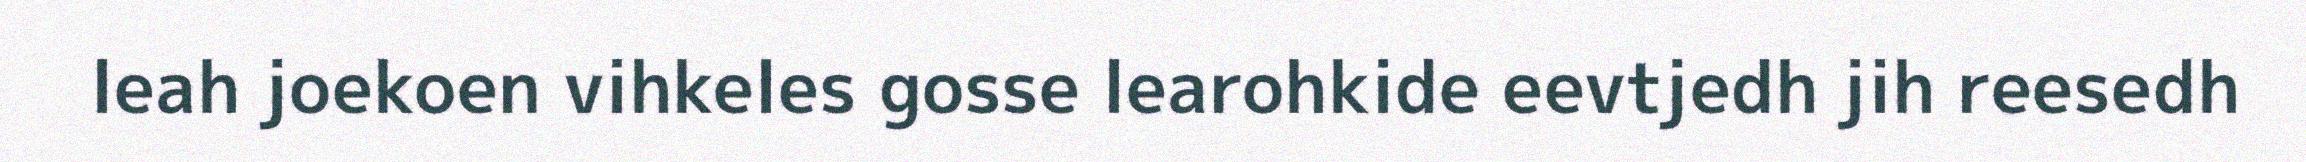
leah joekoen vihkeles gosse learohkide eevtjedh jih reesedh